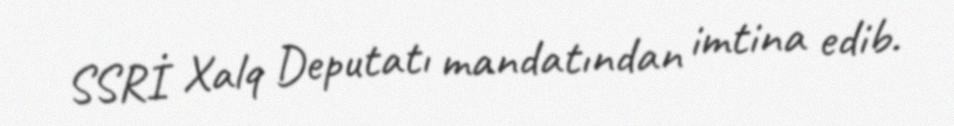
SSRİ Xalq Deputatı mandatından imtina edib.